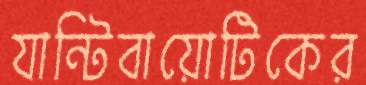
যান্টিবায়োটিকের